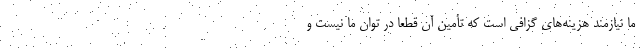
ما نیازمند هزینه‌های گزافی است که تأمین آن قطعا در توان ما نیست و